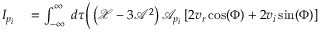
\begin{array} { r l } { I _ { p _ { i } } } & { { } = \int _ { - \infty } ^ { \infty } \; d \tau \Big ( \left( \mathcal { X } - 3 \mathcal { A } ^ { 2 } \right) \mathcal { A } _ { p _ { i } } \left[ 2 v _ { r } \cos ( \Phi ) + 2 v _ { i } \sin ( \Phi ) \right] } \end{array}